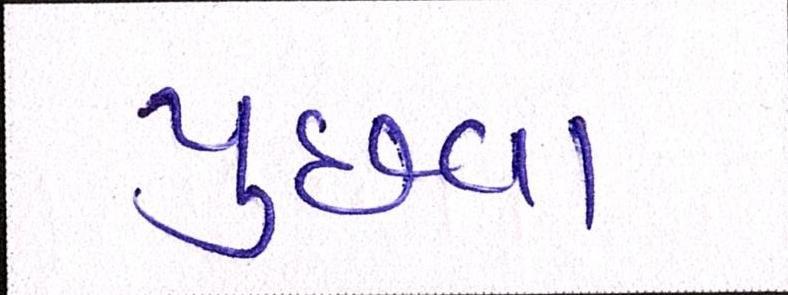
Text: પુછવા